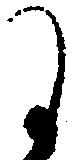
に